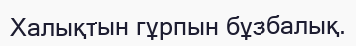
Халықтын гұрпын бұзбалық.